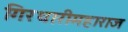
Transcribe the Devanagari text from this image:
गिरधारीमहाराज